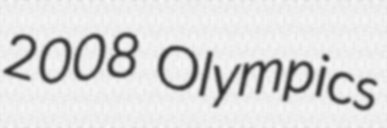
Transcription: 2008 Olympics